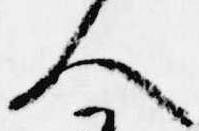
人